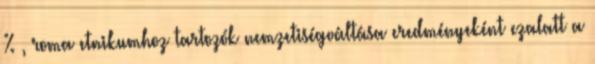
% , roma etnikumhoz tartozók nemzetiségváltása eredményeként ezalatt a